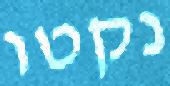
נקטו